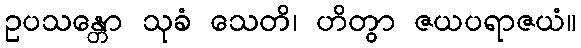
ဥပသန္တော သုခံ သေတိ၊ ဟိတွာ ဇယပရာဇယံ။